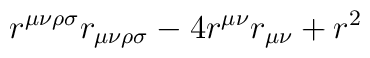
r^{\mu\nu\rho\sigma}r_{\mu\nu\rho\sigma} - 4r^{\mu\nu}r_{\mu\nu} + r^2